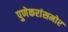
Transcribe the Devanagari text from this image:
पुणेकरांसमोर